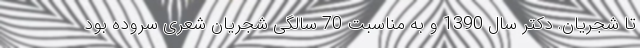
تا شجریان. دکتر سال 1390 و به مناسبت 70 سالگی شجریان شعری سروده بود